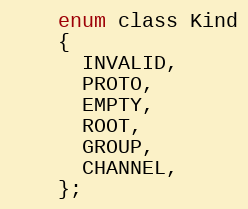
Language: C
    enum class Kind
    {
      INVALID,
      PROTO,
      EMPTY,
      ROOT,
      GROUP,
      CHANNEL,
    };